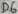
Text: D6